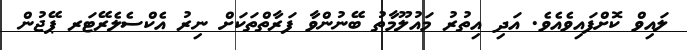
ލައިވް ކޮށްފައިވެއެވެ. އަދި އިތުރު މައުލޫމާތު ބޭނުންވާ ފަރާތްތަކަށް ނިރު އެކްސެލެރޭޓަރ ޕޭޖުން